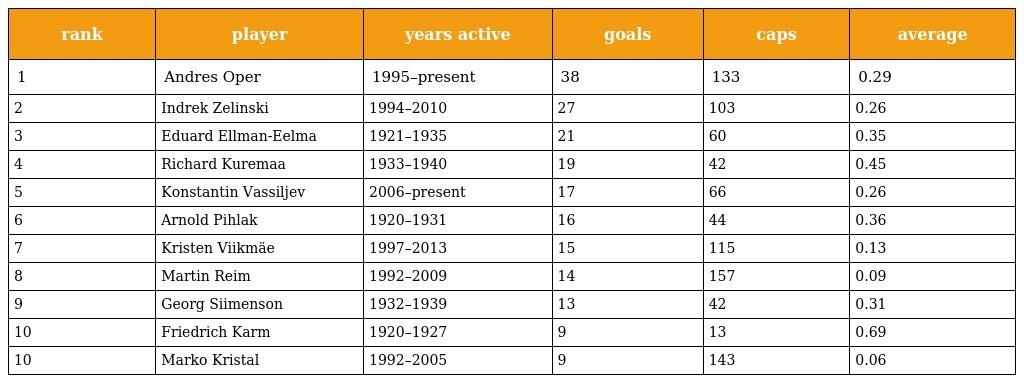
| rank | player | years active | goals | caps | average |
 | --- | --- | --- | --- | --- | --- |
 | 1 | Andres Oper | 1995–present | 38 | 133 | 0.29 |
 | 2 | Indrek Zelinski | 1994–2010 | 27 | 103 | 0.26 |
 | 3 | Eduard Ellman-Eelma | 1921–1935 | 21 | 60 | 0.35 |
 | 4 | Richard Kuremaa | 1933–1940 | 19 | 42 | 0.45 |
 | 5 | Konstantin Vassiljev | 2006–present | 17 | 66 | 0.26 |
 | 6 | Arnold Pihlak | 1920–1931 | 16 | 44 | 0.36 |
 | 7 | Kristen Viikmäe | 1997–2013 | 15 | 115 | 0.13 |
 | 8 | Martin Reim | 1992–2009 | 14 | 157 | 0.09 |
 | 9 | Georg Siimenson | 1932–1939 | 13 | 42 | 0.31 |
 | 10 | Friedrich Karm | 1920–1927 | 9 | 13 | 0.69 |
 | 10 | Marko Kristal | 1992–2005 | 9 | 143 | 0.06 |